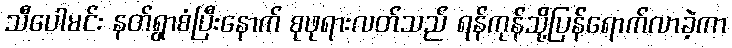
သီပေါမင်း နတ်ရွာစံပြီးနောက် စုဖုရားလတ်သည် ရန်ကုန်သို့ပြန်ရောက်လာခဲ့ကာ